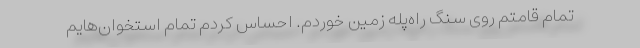
تمام قامتم روی سنگ راه‌پله زمین خوردم. احساس کردم تمام استخوان‌هایم